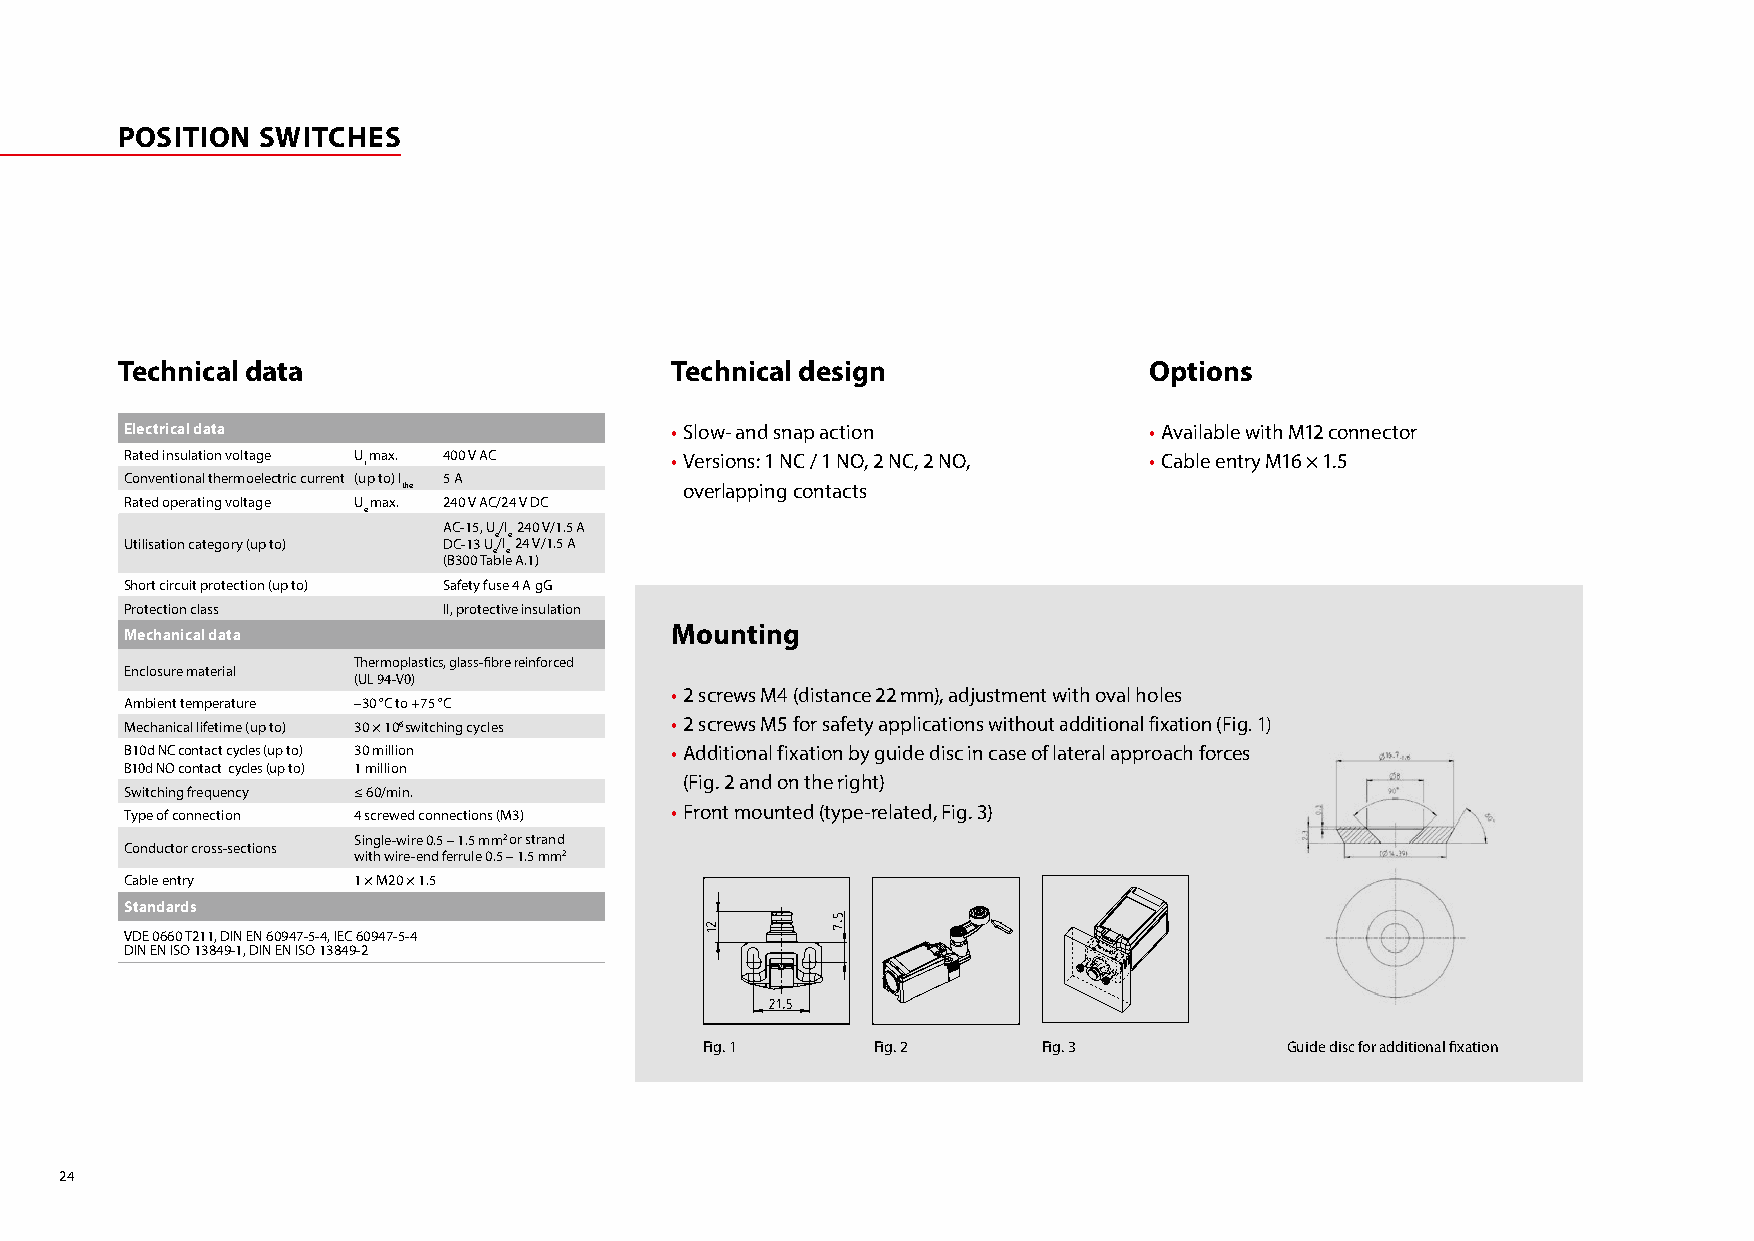
POSITION SWITCHES
 Technical data                      Technical design                Options
 Electrical data                     • Slow- and snap action         • Available with M12 connector
 Rated insulation voltage U i max. 400 V AC • Versions: 1 NC / 1 NO, 2 NC, 2 NO, • Cable entry M16 × 1.5
 Conventional thermoelectric current (up to) I 5 A
 the               overlapping contacts
 Rated operating voltage Umax. 240 V AC/24 V DC
 e
 AC-15, U/I 240 V/1.5 A
 e e
 Utilisation category (up to) DC-13 U/I 24 V/1.5 A
 e e
 (B300 Table A.1)
 Short circuit protection (up to) Safety fuse 4 A gG
 Protection class     II, protective insulation
 Mounting
 Mechanical data
 Thermoplastics, glass-fibre reinforced
 Enclosure material
 (UL 94-V0)
 • 2 screws M4 (distance 22 mm), adjustment with oval holes
 Ambient temperature –30 °C to +75 °C
 Mechanical lifetime (up to) 30 × 106 switching cycles • 2 screws M5 for safety applications without additional fixation (Fig. 1)
 B10d NC contact cycles (up to) 30 million • Additional fixation by guide disc in case of lateral approach forces
 B10d NO contact cycles (up to) 1 million
 (Fig. 2 and on the right)
 Switching frequency ≤ 60/min.
 • Front mounted (type-related, Fig. 3)
 Type of connection 4 screwed connections (M3)
 Single-wire 0.5 – 1.5 mm2 or strand
 Conductor cross-sections
 with wire-end ferrule 0.5 – 1.5 mm2
 Cable entry    1 × M20 × 1.5
 Standards
 VDE 0660 T211, DIN EN 60947-5-4, IEC 60947-5-4
 DIN EN ISO 13849-1, DIN EN ISO 13849-2
 Fig. 1     Fig. 2     Fig. 3          Guide disc for additional fixation
 24